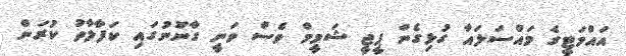
އައްމަޓީގެ މައްސަލައާ ގުޅިގެން ޕީޖީ ޝަމީމް ވެސް ވަނީ ގާނޫނުގައި ކަފާލާތު ކުރަން